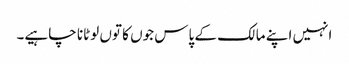
انہیں اپنے مالک کے پاس جوں کا توں لوٹانا چاہیے۔